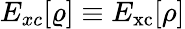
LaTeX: E_{xc}[\varrho]\equiv E_{\mathrm{xc}}[\rho]